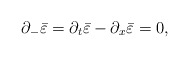
\begin{align*}\partial_- \bar \varepsilon = \partial_t \bar \varepsilon -\partial_x \bar \varepsilon = 0,\end{align*}